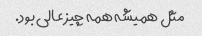
مثل همیشه همه چیز عالی بود.